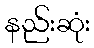
နည်းဆုံး